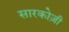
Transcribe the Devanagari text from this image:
सारकोज़ी